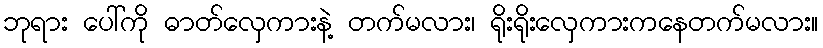
ဘုရား ပေါ်ကို ဓာတ်လှေကားနဲ့ တက်မလား၊ ရိုးရိုးလှေကားကနေတက်မလား။